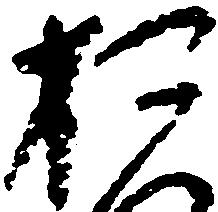
お